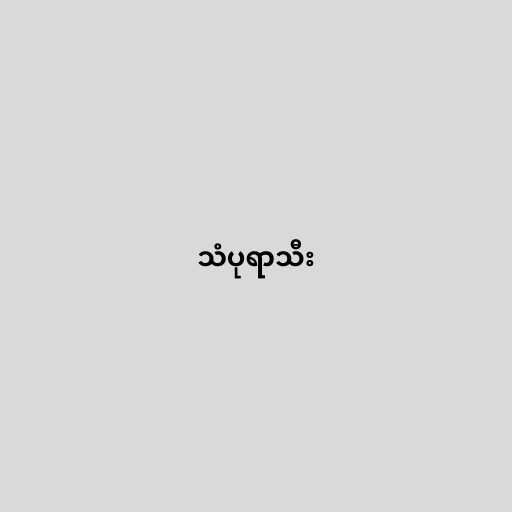
သံပုရာသီး